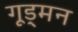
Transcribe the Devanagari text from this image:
गूड्मन